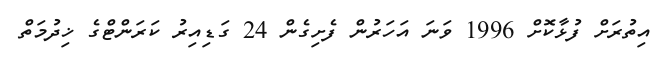
އިތުރަށް ފުޅާކޮށް 1996 ވަނަ އަހަރުން ފެށިގެން 24 ގަޑިއިރު ކަރަންޓްގެ ޚިދުމަތް